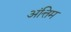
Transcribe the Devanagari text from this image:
अंत्तिम